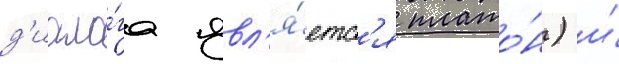
д'иало́га явл'я́етс'я плато́н) и́